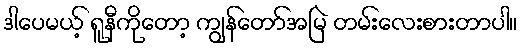
ဒါပေမယ့် ရူနီကိုတော့ ကျွန်တော်အမြဲ တမ်းလေးစားတာပါ။